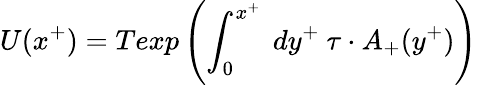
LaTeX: U(x^{+})=Texp\left(\int_{0}^{x^{+}}~dy^{+}~\tau\cdot A_{+}(y^{+})\right)